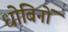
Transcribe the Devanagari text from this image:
धोबिनों